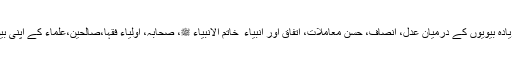
اور وہ علم سے واقف شخص ان شوہر صاحب کو ایک سے زیادہ بیویوں کے درمیان عدل، انصاف، حسنِ معاملات، اتفاق اور انبیاء ؑ خاتم الانبیاء ﷺ، صحابہؓ، اولیاء فقہا،صالحین،علماء کے اپنی بیویوں کے درمیان عدل اور انصاف کےواقعات کو بیان کریں۔